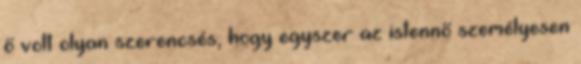
ő volt olyan szerencsés, hogy egyszer az istennő személyesen